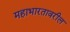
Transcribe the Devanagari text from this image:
महाभारतावरील